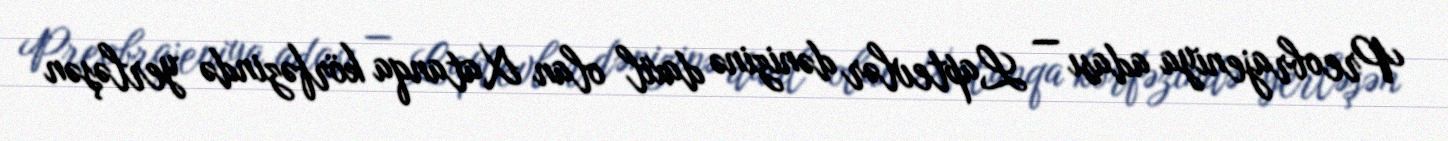
Preobrajeniya adası — Laptevlər dənizinə daxil olan Xatanqa körfəzində yerləşən